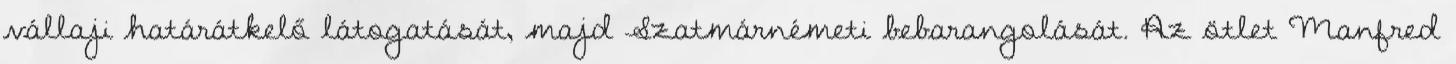
vállaji határátkelő látogatását, majd Szatmárnémeti bebarangolását. Az ötlet Manfred